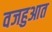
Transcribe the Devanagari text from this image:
वजहुआत